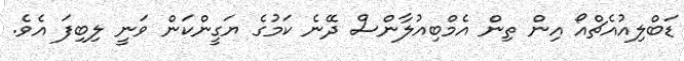
ޑަބްލިއުއެޗްއޯ އިން ތިން އެމްބިއުލާންސް ދޭނެ ކަމުގެ ޔަގީންކަން ވަނީ ލިބިފަ އެވެ.